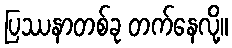
ပြဿနာတစ်ခု တက်နေလို့။